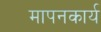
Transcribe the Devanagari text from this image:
मापनकार्य